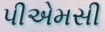
પીએમસી